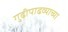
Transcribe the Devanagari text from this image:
गुढीपाढव्याच्या